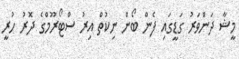
މީޝާ ދަންވަރު ގަޑީގައި ފެން ބޯން ނިކުތް އިރު ސްޓޯރޫމްގެ ދޮރު ހުރީ